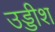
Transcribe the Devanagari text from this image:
उड्डीश